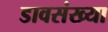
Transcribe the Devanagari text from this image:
डावसंख्या